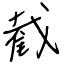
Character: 截